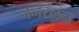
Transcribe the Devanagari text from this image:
जनरलन